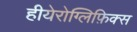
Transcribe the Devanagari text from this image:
हीयेरोग्लिफ़िक्स